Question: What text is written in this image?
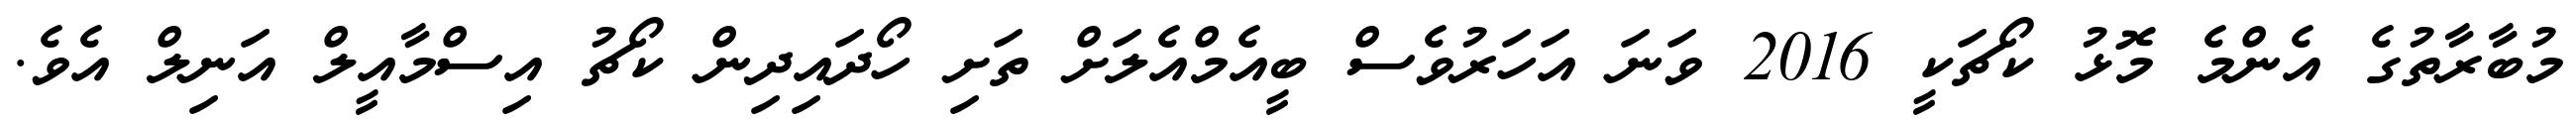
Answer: މުބާރާތުގެ އެންމެ މޮޅު ކޯޗަކީ 2016 ވަނަ އަހަރުވެސް ބީއެމްއެލަށް ތަށި ހޯދައިދިން ކޯޗު އިސްމާއީލް އަނިލް އެވެ.